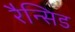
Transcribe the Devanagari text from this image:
रैन्सिड